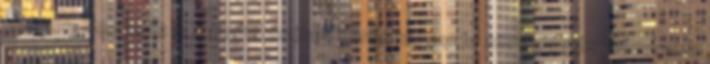
hiányos. Segíts te is a kibővítésében Vörös káposzta szerkesztés Bővebben: